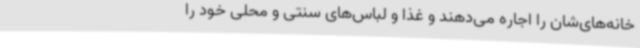
خانه‌های‌شان را اجاره می‌دهند و غذا و لباس‌های سنتی و محلی خود را